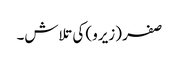
صفر (زیرو) کی تلاش۔